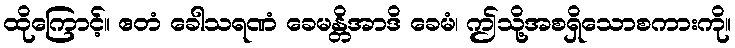
ထိုကြောင့်။ ဧတံ ခေါသရဏံ ခေမန္တိအာဒိ ခေမံ၊ ဤသို့အစရှိသောစကားကို။